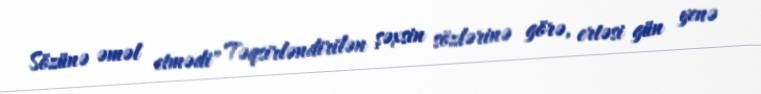
Sözünə əməl etmədi" Təqsirləndirilən şəxsin sözlərinə görə, ertəsi gün yenə